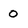
Character: o